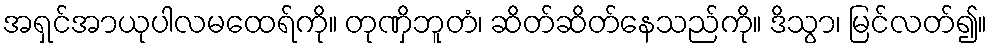
အရှင်အာယုပါလမထေရ်ကို။ တုဏှိဘူတံ၊ ဆိတ်ဆိတ်နေသည်ကို။ ဒိသွာ၊ မြင်လတ်၍။